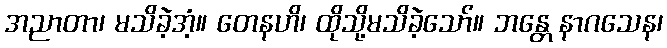
အညာတာ၊ မသိခဲ့အံ့။ တေနဟိ၊ ထိုသို့မသိခဲ့သော်။ ဘန္တေ နာဂသေန၊